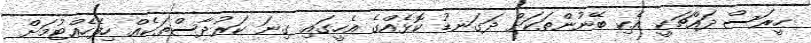
ހީރަސް ދައްޗަކީ އެކި ބޭނުންތަކަށް ދަގަނޑު ކޮޅެއްގެ އެހީގައި ގިނަ ކަރުދާސްތަކެއް ހިފެހެއްޓުމަށް